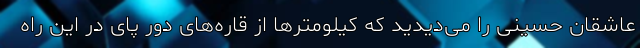
عاشقان حسینی را می‌دیدید که کیلومترها از قاره‌های دور پای در این راه